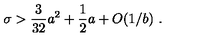
\sigma > { \frac { 3 } { 3 2 } } { { a } } ^ { 2 } + { \frac { 1 } { 2 } } { { a } } + O ( 1 / { { b } } ) \ .